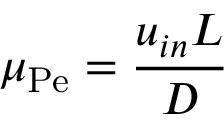
\mu _ { \mathrm { P e } } = \frac { u _ { i n } L } { D }